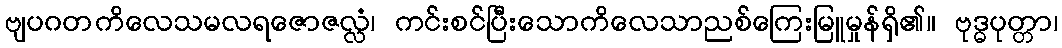
ဗျပဂတကိလေသမလရဇောဇလ္လံ၊ ကင်းစင်ပြီးသောကိလေသာညစ်ကြေးမြူမှုန်ရှိ၏။ ဗုဒ္ဓပုတ္တာ၊